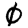
Digit: 0